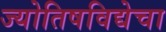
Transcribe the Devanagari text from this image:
ज्योतिषविद्येचा